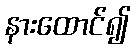
နားထောင်၍